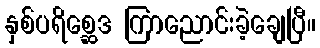
နှစ်ပရိစ္ဆေဒ ကြာညောင်းခဲ့ချေပြီ။